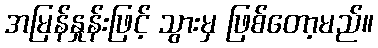
အမြန်နှုန်းဖြင့် သွားမှ ဖြစ်တော့မည်။